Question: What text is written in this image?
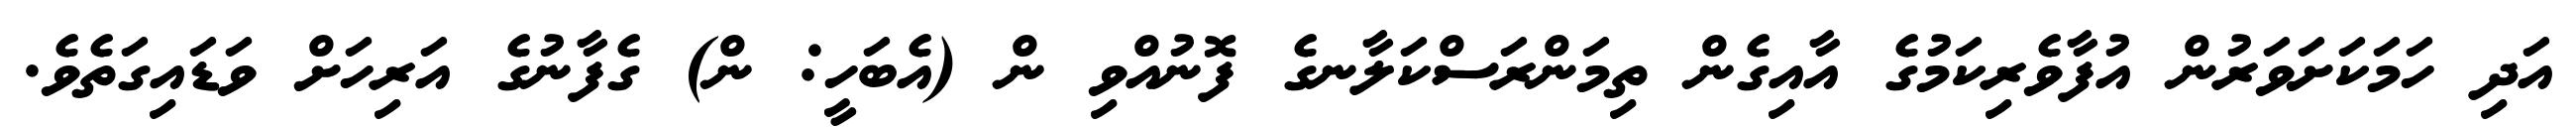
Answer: އަދި ހަމަކަށަވަރުން އުފާވެރިކަމުގެ އާއިގެން ތިމަންރަސްކަލާނގެ ފޮނުއްވި ން (އެބަހީ: ން) ގެފާނުގެ އަރިހަށް ވަޑައިގަތެވެ.